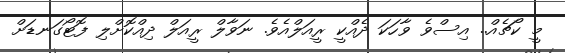
މީ ކޯޗެއް.. އިސްވެ ވާހަކަ ދެއްކީ ރީއަލްއެވެ. ނަވާލް ރީއަލް ދިއްކޮށްލި ފޮޓޯގަނޑަށް